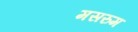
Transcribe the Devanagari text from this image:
मसरुम